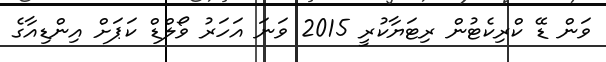
ވަން ޑޭ ކްރިކެޓުން ރިޓަޔާކުރީ 2015 ވަނަ އަހަރު ވޯލްޑް ކަޕަށް އިންޑިއާގެ